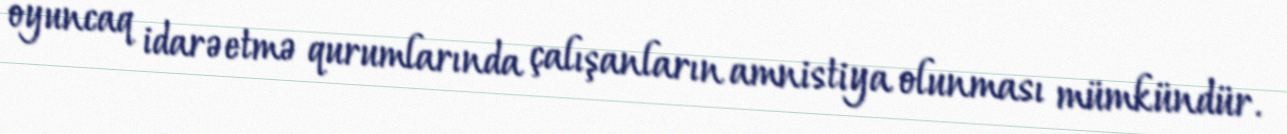
oyuncaq idarəetmə qurumlarında çalışanların amnistiya olunması mümkündür.